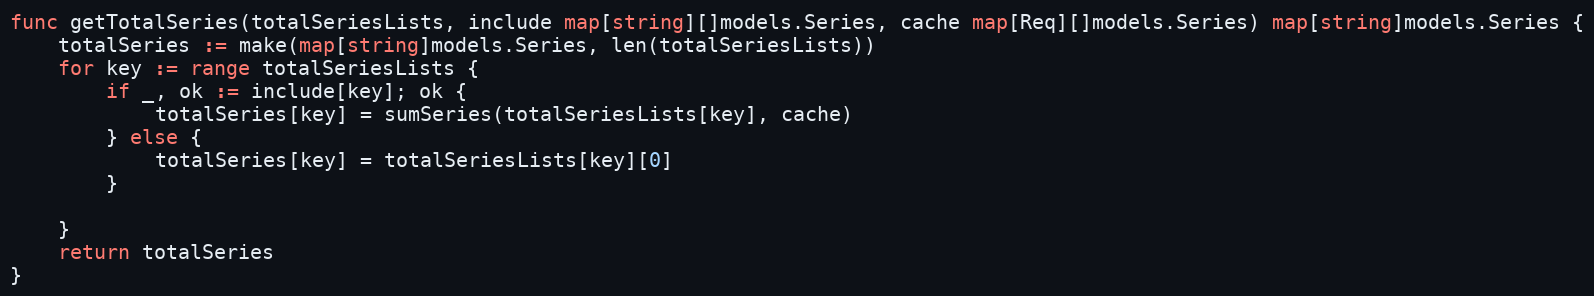
Language: Go
func getTotalSeries(totalSeriesLists, include map[string][]models.Series, cache map[Req][]models.Series) map[string]models.Series {
	totalSeries := make(map[string]models.Series, len(totalSeriesLists))
	for key := range totalSeriesLists {
		if _, ok := include[key]; ok {
			totalSeries[key] = sumSeries(totalSeriesLists[key], cache)
		} else {
			totalSeries[key] = totalSeriesLists[key][0]
		}

	}
	return totalSeries
}